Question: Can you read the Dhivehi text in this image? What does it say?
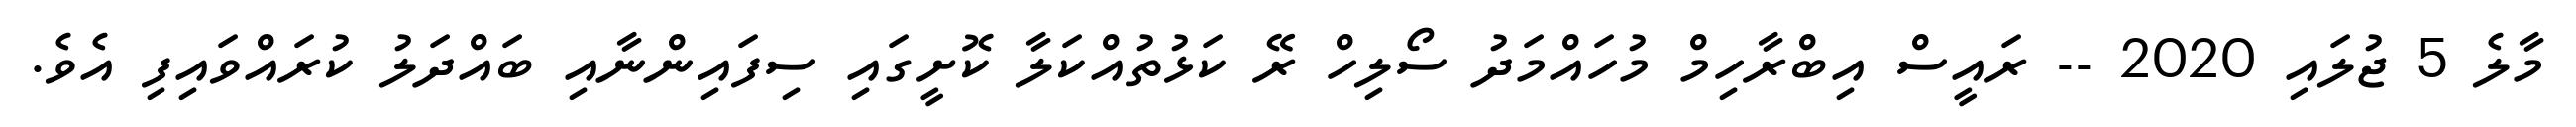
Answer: މާލެ 5 ޖުލައި 2020 -- ރައީސް އިބްރާހިމް މުހައްމަދު ސޯލިހް ރޭ ކަޅުތުއްކަލާ ކޮށީގައި ސިފައިންނާއި ބައްދަލު ކުރައްވައިފި އެވެ.